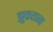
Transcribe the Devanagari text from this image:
झुकताना